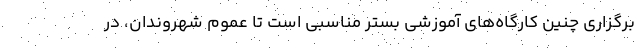
برگزاری چنین کارگاه‌های آموزشی بستر مناسبی است تا عموم شهروندان، در